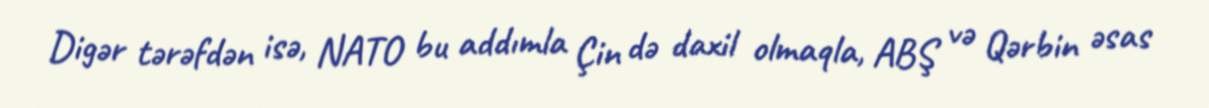
Digər tərəfdən isə, NATO bu addımla Çin də daxil olmaqla, ABŞ və Qərbin əsas